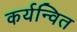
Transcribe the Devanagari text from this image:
कर्यन्वित